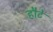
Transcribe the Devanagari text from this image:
हौटे